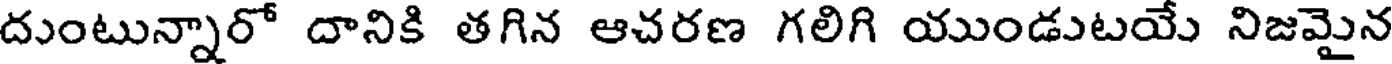
దుంటున్నారో దానికి తగిన ఆచరణ గలిగి యుండుటయే నిజమైన